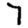
Digit: 7